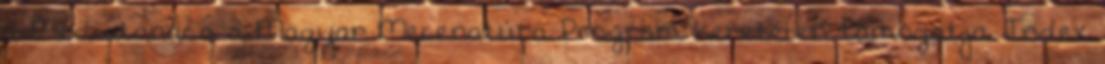
a Médiatanács a Magyar Mecenatúra Program keretében támogatja. Index